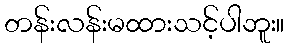
တန်းလန်းမထားသင့်ပါဘူး။